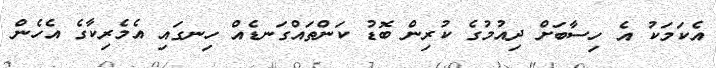
އެކަމަކު އެ ހިސާބަށް ދިއުމުގެ ކުރިން ބޮޑު ކަންތައްގަނޑެއް ހިނގައި އެމެރިކާގެ އެހެން